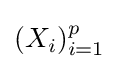
(X_{i})_{i=1}^{p}